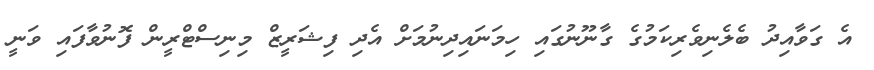
އެ ގަވާއިދު ބެލެނިވެރިކަމުގެ ގާނޫނުގައި ހިމަނައިދިނުމަށް އެދި ފިޝަރީޒް މިނިސްޓްރީން ފޮނުވާފައި ވަނީ